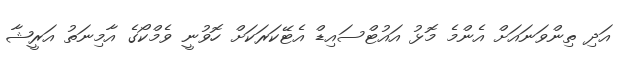
އަދި ތިންވަނައަށް އެންމެ މޮޅު އައުޓްސައިޑް އެޓޭކަރަކަށް ހޮވުނީ ވެމްކޯގެ އާމިނަތު އަރީޝާ